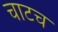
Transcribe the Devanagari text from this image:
चाटच